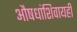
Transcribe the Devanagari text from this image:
औषधांशिवायही